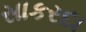
સાકરદા